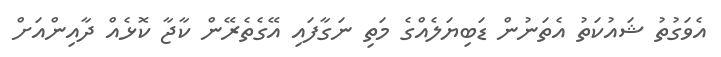
އެވަގުތު ޝައުކަތު އެތަނުން ޑަބިޔަލެއްގެ މަތި ނަގާފައި އޭގެތެރޭން ކާޖާ ކޮޅެއް ދާއިންއަށް